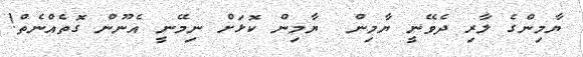
ޔާމިންގެ ލާރި ދެވޭނީ ޔާމިން  ޔާމިން ކޮޅަށް ނިމޭނީ އެނޫން ގޮތެއްނެތް!